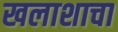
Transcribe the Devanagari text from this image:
खलाशाचा